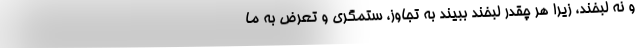
و نه لبخند، زیرا هر چقدر لبخند ببیند به تجاوز، ستمگری و تعرض به ما